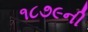
૧૮૭૯ની